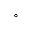
^ { \circ }